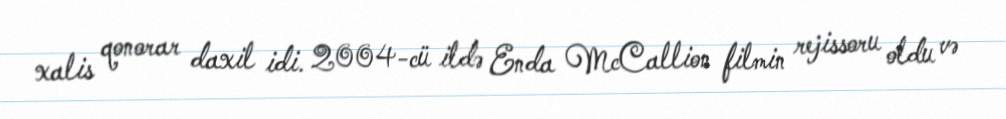
xalis qonorar daxil idi. 2004-cü ildə Enda McCallion filmin rejissoru oldu və